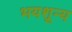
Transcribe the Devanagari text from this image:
भयशून्य